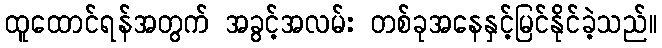
ထူထောင်ရန်အတွက် အခွင့်အလမ်း တစ်ခုအနေနှင့်မြင်နိုင်ခဲ့သည်။